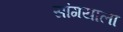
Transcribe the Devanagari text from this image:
सांगयाला